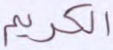
الكريم